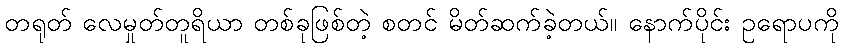
တရုတ် လေမှုတ်တူရိယာ တစ်ခုဖြစ်တဲ့ စတင် မိတ်ဆက်ခဲ့တယ်။ နောက်ပိုင်း ဥရောပကို